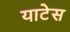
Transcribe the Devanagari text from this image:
याटेस